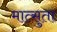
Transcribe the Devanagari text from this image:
मात्सुता